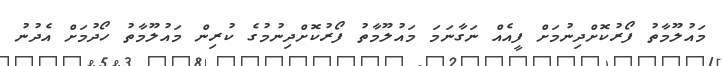
މައުލޫމާތު ފޯރުކޮށްދިނުމަށް ފީއެއް ނަގާނަމަ މައުލޫމާތު ފޯރުކޮށްދިނުމުގެ ކުރިން މައުލޫމާތު ހޯދުމަށް އެދުނު